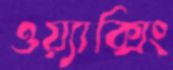
ওয়্যাক্সিং